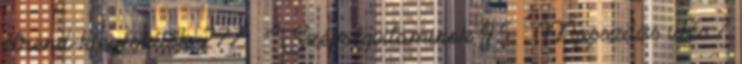
étrend-kiegészítők 277 › Szépségvitaminok 45 › Masszázs ülés 7